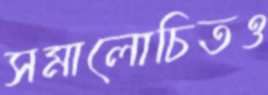
সমালোচিতও